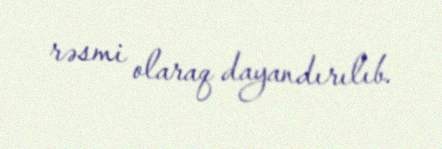
rəsmi olaraq dayandırılıb.